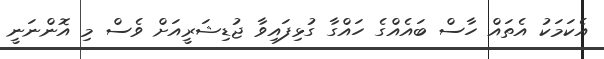
އެކަމަކު އެތައް ހާސް ބައެއްގެ ހައްގާ ގުޅިފައިވާ ޖުޑިޝަރީއަށް ވެސް މި އޮންނަނީ